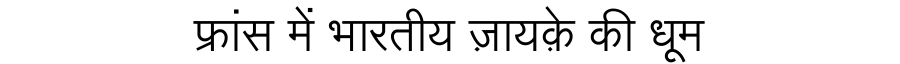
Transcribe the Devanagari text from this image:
फ्रांस में भारतीय ज़ायक़े की धूम